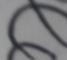
Signature authenticity: forged